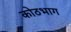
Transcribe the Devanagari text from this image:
कोठभाग